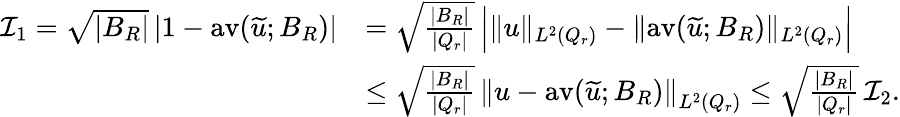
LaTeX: \begin{array}{rl}{\mathcal{I}_{1}=\sqrt{|B_{R}|}\, |1-\mathrm{av}(\widetilde u;B_{R})|}&{=\sqrt{\frac{|B_{R}|}{|Q_{r}|}}\, \Big|\| u\| _{L^{2}(Q_{r})}-\| \mathrm{av}(\widetilde u;B_{R})\| _{L^{2}(Q_{r})}\Big|}\\ &{\le\sqrt{\frac{|B_{R}|}{|Q_{r}|}}\, \left\| u-\mathrm{av}(\widetilde u;B_{R})\right\| _{L^{2}(Q_{r})}\le\sqrt{\frac{|B_{R}|}{|Q_{r}|}}\, \mathcal{I}_{2}.}\end{array}